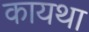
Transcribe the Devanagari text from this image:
कायथा